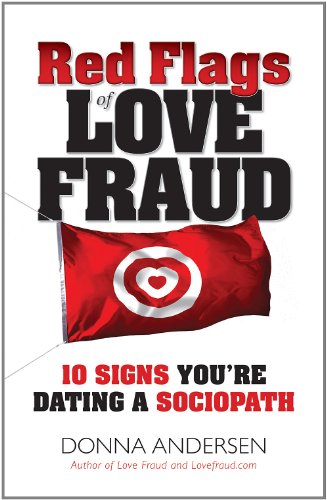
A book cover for Red Flags of Love Fraud - 10 Signs You're Dating a Sociopath; Donna Andersen; Self-Help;